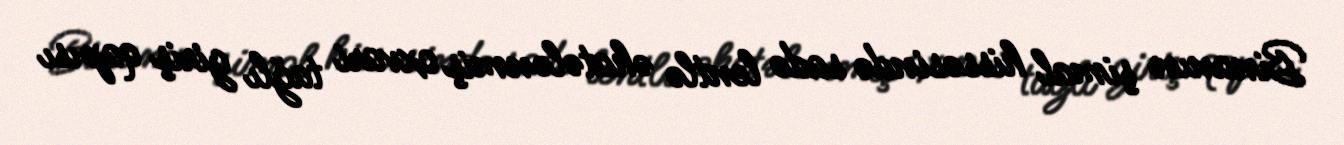
Binanın şimal hissəsində sadə lentlə əhatələnmiş oxvari tağlı giriş qapısı